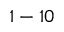
1 - 1 0